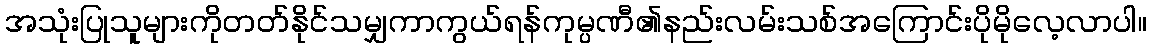
အသုံးပြုသူများကိုတတ်နိုင်သမျှကာကွယ်ရန်ကုမ္ပဏီ၏နည်းလမ်းသစ်အကြောင်းပိုမိုလေ့လာပါ။